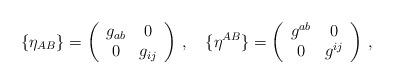
LaTeX: \begin{align*}\{\eta_{AB}\}=\left(\begin{array}{cc}g_{ab}&0\\0&g_{ij}\end{array}\right)\,,\quad\{\eta^{AB}\}=\left(\begin{array}{cc}g^{ab}&0\\0&g^{ij}\end{array}\right)\,,\end{align*}